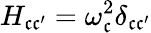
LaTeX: H_{\mathfrak{c}\mathfrak{c}^{\prime}}=\omega_{\mathfrak{c}}^{2}\delta_{\mathfrak{c}\mathfrak{c}^{\prime}}